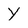
Character: Y